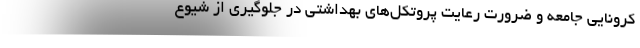
کرونایی جامعه و ضرورت رعایت پروتکل‌های بهداشتی در جلوگیری از شیوع